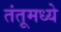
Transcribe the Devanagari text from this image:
तंतूमध्ये